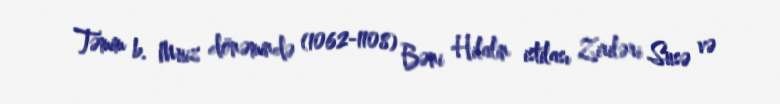
Təmim b. Muiz dönəmində (1062-1108) Bəni Hilalin istilası Ziriləri Susə və